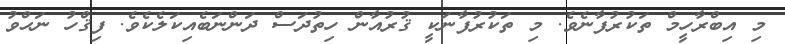
މި އިބްރާހީމް ތަކުރުފާނެވެ. މި ތަކުރުފާނަކީ ޤުރުއާން ހިތުދަސް ދަންނަބެއިކަލެކެވެ. ފިޤްހު ނަޙްވު